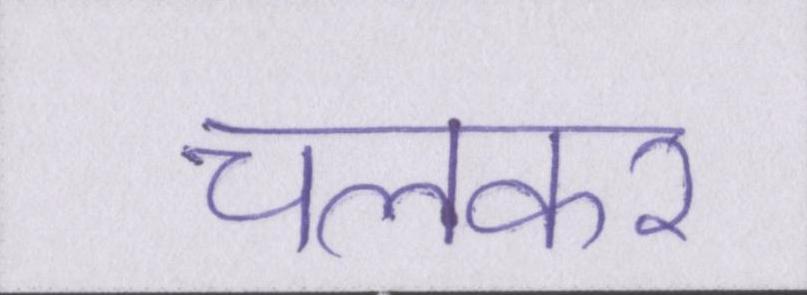
चलकर